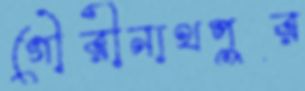
গৌরীনাথপুর